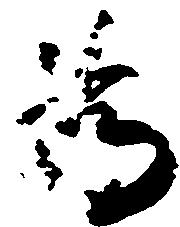
為